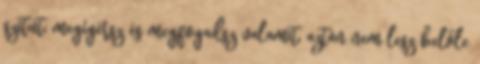
szitut: megígérsz és megfogadsz valamit, aztán nem lesz belőle